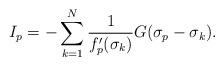
LaTeX: \begin{align*}I_p = - \sum_{k=1}^N \frac{ 1 } {f_p'(\sigma_k)} G(\sigma_p - \sigma_k).\end{align*}